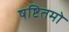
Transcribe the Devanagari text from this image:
षष्टितमो